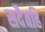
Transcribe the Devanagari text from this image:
सदैवहि